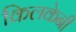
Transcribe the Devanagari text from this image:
किलकेनी